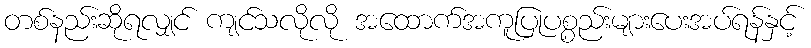
တစ်နည်းဆိုရလျှင် ကျင်သလိုလို အထောက်အကူပြုပစ္စည်းများပေးအပ်ရန်နှင့်